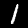
Label: 1